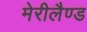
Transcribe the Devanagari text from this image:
मेरीलैण्ड